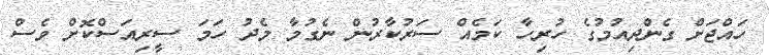
ހައްޖަށް ގެންދިއުމުގެ ހުރިހާ ކަމެއް ސަރުކާރުން ނެގުމާ މެދު ހަމަ ސީރިއަސްކޮށް ވެސް